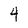
Character: 4